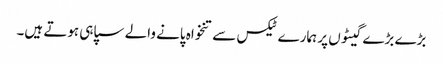
بڑے بڑے گیٹوں پر ہمارے ٹیکس سے تنخواہ پانے والے سپاہی ہوتے ہیں۔